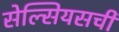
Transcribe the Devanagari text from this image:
सेल्सियसची